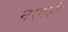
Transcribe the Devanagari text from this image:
नरकही